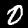
Digit: 0